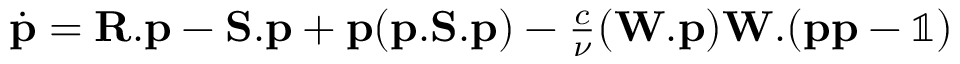
\begin{array} { r } { \dot { \mathbf { p } } = \mathbf { R } . \mathbf { p } - \mathbf { S } . \mathbf { p } + \mathbf { p } ( \mathbf { p } . \mathbf { S } . \mathbf { p } ) - \frac { c } { \nu } ( \mathbf { W } . \mathbf { p } ) \mathbf { W } . ( \mathbf { p p } - \mathbb { 1 } ) } \end{array}